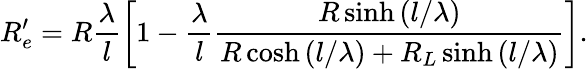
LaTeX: R_{e}^{\prime}=R\frac{\lambda}{l}\left[1-\frac{\lambda}{l}\frac{R\sinh\left(l/\lambda\right)}{R\cosh\left(l/\lambda\right)+R_{L}\sinh\left(l/\lambda\right)}\right].